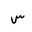
Letter: _sin